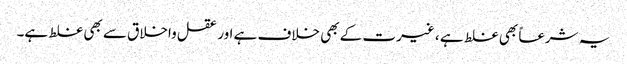
یہ شرعاً بھی غلط ہے ، غیرت کے بھی خلاف ہے اور عقل واخلاق سے بھی غلط ہے۔